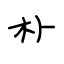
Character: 朴